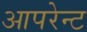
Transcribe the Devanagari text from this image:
आपरेन्ट